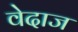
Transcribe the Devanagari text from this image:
वेदाज